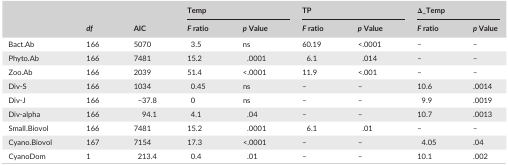
<table><thead><tr><td rowspan="2"></td><td rowspan="2"><b><i>df</i></b></td><td rowspan="2"><b>AIC</b></td><td colspan="2"><b>Temp</b></td><td colspan="2"><b>TP</b></td><td colspan="2"><b>Δ_Temp</b></td></tr><tr><td><b><i>F</i> ratio</b></td><td><b><i>p</i> Value</b></td><td><b><i>F</i> ratio</b></td><td><b><i>p</i> Value</b></td><td><b><i>F</i> ratio</b></td><td><b><i>p</i> Value</b></td></tr></thead><tbody><tr><td>Bact.Ab</td><td>166</td><td>5070</td><td>3.5</td><td>ns</td><td>60.19</td><td>&lt;.0001</td><td>–</td><td>–</td></tr><tr><td>Phyto.Ab</td><td>166</td><td>7481</td><td>15.2</td><td>.0001</td><td>6.1</td><td>.014</td><td>–</td><td>–</td></tr><tr><td>Zoo.Ab</td><td>166</td><td>2039</td><td>51.4</td><td>&lt;.0001</td><td>11.9</td><td>&lt;.001</td><td>–</td><td>–</td></tr><tr><td>Div‐S</td><td>166</td><td>1034</td><td>0.45</td><td>ns</td><td>–</td><td>–</td><td>10.6</td><td>.0014</td></tr><tr><td>Div‐J</td><td>166</td><td>−37.8</td><td>0</td><td>ns</td><td>–</td><td>–</td><td>9.9</td><td>.0019</td></tr><tr><td>Div‐alpha</td><td>166</td><td>94.1</td><td>4.1</td><td>.04</td><td>–</td><td>–</td><td>10.7</td><td>.0013</td></tr><tr><td>Small.Biovol</td><td>166</td><td>7481</td><td>15.2</td><td>.0001</td><td>6.1</td><td>.01</td><td>–</td><td>–</td></tr><tr><td>Cyano.Biovol</td><td>167</td><td>7154</td><td>17.3</td><td>&lt;.0001</td><td>–</td><td>–</td><td>4.05</td><td>.04</td></tr><tr><td>CyanoDom</td><td>1</td><td>213.4</td><td>0.4</td><td>.01</td><td>–</td><td>–</td><td>10.1</td><td>.002</td></tr></tbody></table>